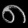
Digit: ၈